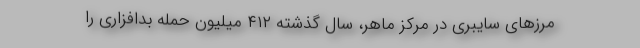
مرزهای سایبری در مرکز ماهر، سال گذشته ۴۱۲ میلیون حمله بدافزاری را